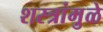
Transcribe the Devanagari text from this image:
शस्त्रांमु़ळे